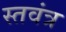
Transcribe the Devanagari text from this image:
स्तवंत्र